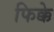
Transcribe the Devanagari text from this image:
फिक्के